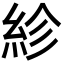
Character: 紾